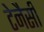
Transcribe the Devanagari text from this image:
टेनैसी